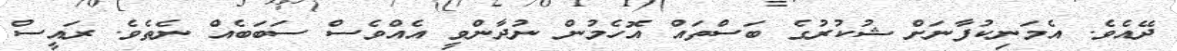
ދޭއެވެ. އެމަނިކުފާނަށް ޝުކުރުގެ ބަސްތައް އޮހެމުން ނުދާންވީ އެއްވެސް ސަބަބެއް ނެތެވެ. ރައީސް